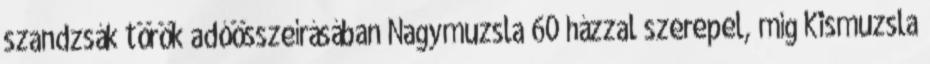
szandzsák török adóösszeírásában Nagymuzsla 60 házzal szerepel, míg Kismuzsla